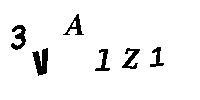
3VA1Z1